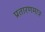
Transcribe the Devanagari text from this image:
प्रतारणमात्र